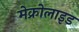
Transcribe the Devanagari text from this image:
मेक्रोलाइड